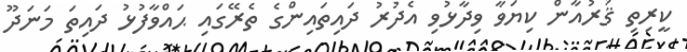
ކީރިތި ޤުރުއާން ކިޔަވާ ވިދާޅުވި އެދުރު ދައިތައިންގެ ތެރޭގައި ޙައްވާފުޅު ދައިތަ މަނަދޫ